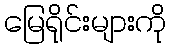
မြေရိုင်းများကို